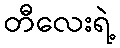
တီလေးရဲ့